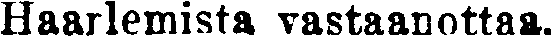
Haarlemista vastaanottaa.